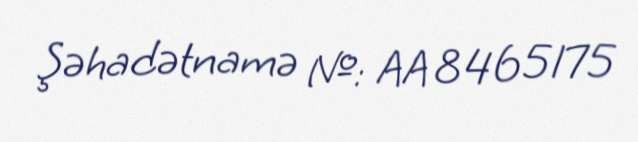
Şəhadətnamə №: AA 8465175